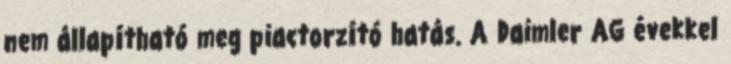
nem állapítható meg piactorzító hatás. A Daimler AG évekkel